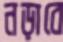
নড়াবে